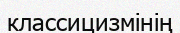
классицизмінің